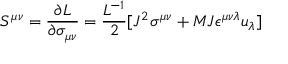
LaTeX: S ^ { \mu \nu } = { \frac { \partial L } { \partial \sigma _ { \mu \nu } } } = { \frac { L ^ { - 1 } } { 2 } } [ J ^ { 2 } \sigma ^ { \mu \nu } + { M J } \epsilon ^ { \mu \nu \lambda } u _ { \lambda } ]